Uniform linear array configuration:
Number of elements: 24
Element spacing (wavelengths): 0.5
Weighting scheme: uniform
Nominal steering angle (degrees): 30
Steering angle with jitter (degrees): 31.814
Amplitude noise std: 0.05
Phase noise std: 0.05

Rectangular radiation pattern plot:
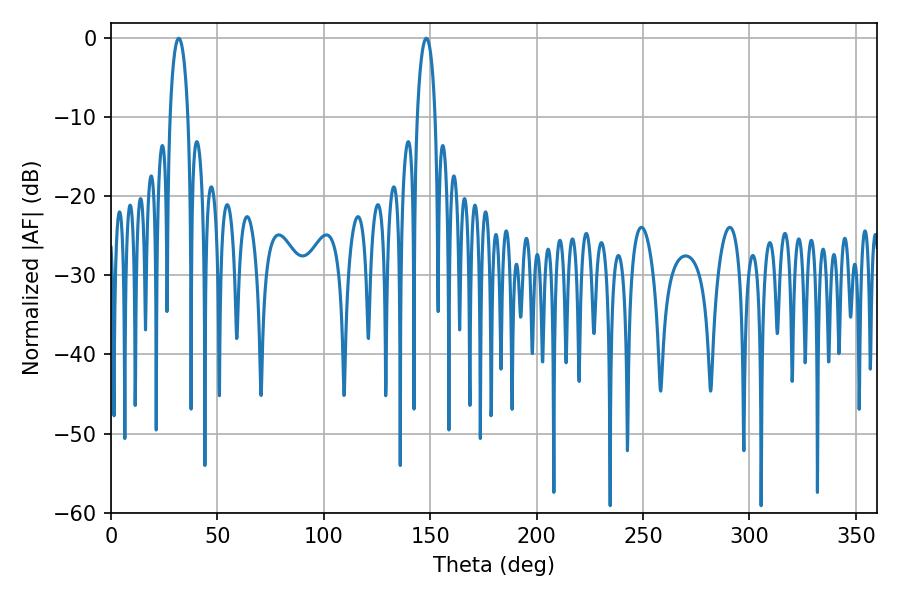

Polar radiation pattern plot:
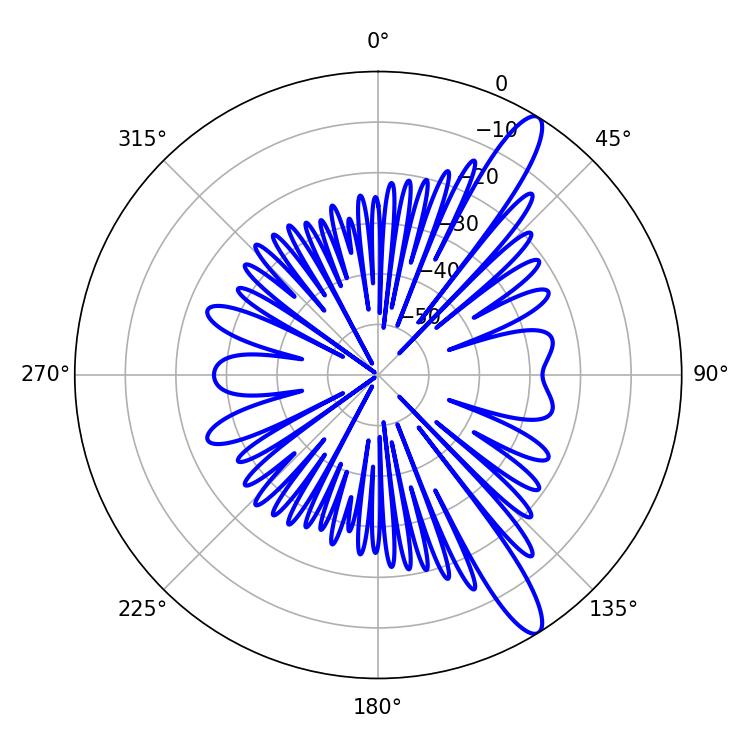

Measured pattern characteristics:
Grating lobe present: FALSE
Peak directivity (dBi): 12.947
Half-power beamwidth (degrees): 4.68
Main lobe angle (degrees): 31.86